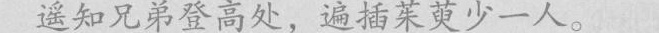
遥知兄弟登高处，遍插茱萸少